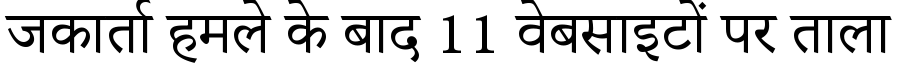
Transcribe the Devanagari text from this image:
जकार्ता हमले के बाद 11 वेबसाइटों पर ताला